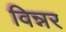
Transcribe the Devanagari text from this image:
विन्नर